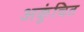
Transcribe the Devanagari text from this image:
अकुंचित